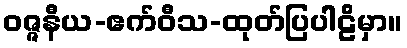
ဝဇ္ဇနီယ-ဧက်ဝီသ-ထုတ်ပြပါဠိမှာ။